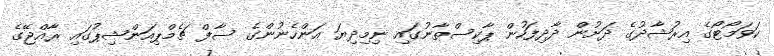
ކަވަމޯޓޯގެ އިރުޝާދުގެ ދަށުން ދާދިފަހުން ޕާކިސްތާނުގައި ނިމިދިޔަ އަންހެނުންގެ ސާފް ޗެމްޕިއަންޝިޕުގައި ރާއްޖޭގެ